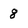
Character: 8